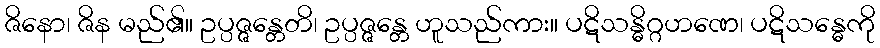
ဇိနော၊ ဇိန မည်၏။ ဥပ္ပဇ္ဇန္တေတိ၊ ဥပ္ပဇ္ဇန္တေ ဟူသည်ကား။ ပဋိသန္ဓိဂ္ဂဟဏေ၊ ပဋိသန္ဓေကို